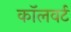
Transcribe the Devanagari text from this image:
कॉलवर्ट